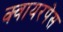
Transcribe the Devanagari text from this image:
क्वायरपेस